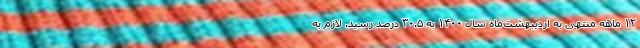
۱۲ ماهه منتهی به اردیبهشت‌ماه سال ۱۴۰۰ به ۳۰.۵ درصد رسید. لازم به